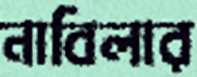
নাবিলার